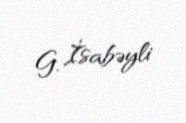
G. İsabəyli